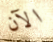
الآن